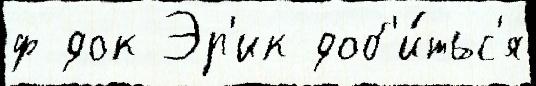
ф док Эр'ик доб'и́тьс'я